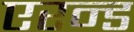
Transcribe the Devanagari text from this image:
एरन्ड